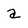
Character: a